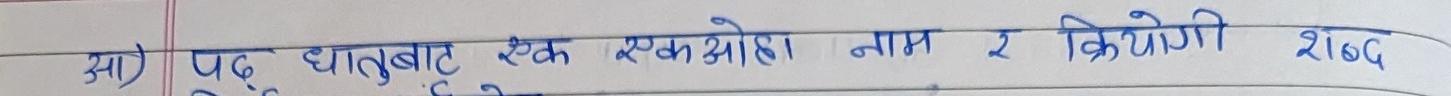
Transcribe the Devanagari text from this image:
अ) पढ् धातुबाट एक एकोही नाम र क्रियोगी शब्द